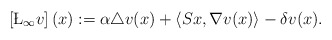
\begin{align*} \left[\L_{\infty}v\right](x):=\alpha\triangle v(x)+\left\langle Sx,\nabla v(x)\right\rangle-\delta v(x). \end{align*}